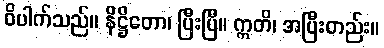
ဝိပါက်သည်။ နိဋ္ဌိတော၊ ပြီးပြီ။ ဣတိ၊ အပြီးတည်း။